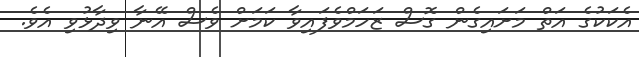
އެކަކުގެ އަތް މަށައިގެން ގޮސް ޒަހަމްވެފައިވާ ކަމަށް ވެސް އޭނާ ވިދާޅުވި އެވެ.